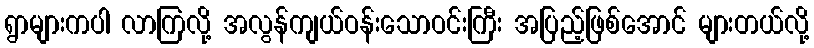
ရွာများကပါ လာကြလို့ အလွန်ကျယ်ဝန်းသောဝင်းကြီး အပြည့်ဖြစ်အောင် များတယ်လို့